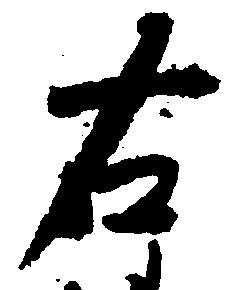
右